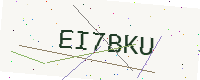
Text: EI7BKU